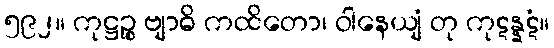
၅၉၂။ ကုဋ္ဌဉ္စ ဗျာဓိ ကထိတော၊ ဝါနေယျံ တု ကုဋန္နဋံ။